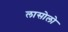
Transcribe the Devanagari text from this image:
लासोलो